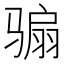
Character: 骟